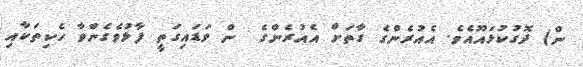
ން) ދޮގުކުޅައޫއެވެ. އެއުރެންގެ ގާތަށް އެއުރެންގެ  ން ވަޑައިގަތީ ފާޅުވެގެންވާ ހެކިތަކާއި